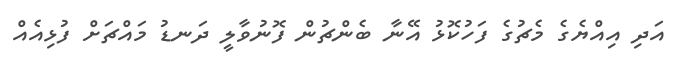
އަދި އިއްޔެގެ މެޗުގެ ފަހުކޮޅު އޭނާ ބެންޗުން ފޮނުވާލީ ދަނޑު މައްޗަށް ފުޅިއެއް